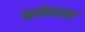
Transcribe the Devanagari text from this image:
स्योहारा